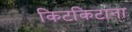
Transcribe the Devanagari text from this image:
किटकिटाना